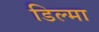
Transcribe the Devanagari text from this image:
डिल्मा